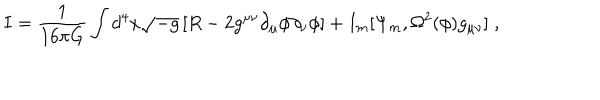
{ I } = \frac { 1 } { 1 6 \pi G } \int d ^ { 4 } x \sqrt { - g } \left[ R - 2 g ^ { \mu \nu } \partial _ { \mu } \phi \partial _ { \nu } \phi \right] + I _ { m } [ \Psi _ { m } , \Omega ^ { 2 } ( \phi ) g _ { \mu \nu } ] \; ,